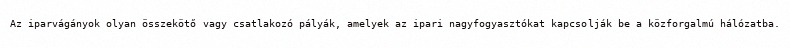
Az iparvágányok olyan összekötő vagy csatlakozó pályák, amelyek az ipari nagyfogyasztókat kapcsolják be a közforgalmú hálózatba.